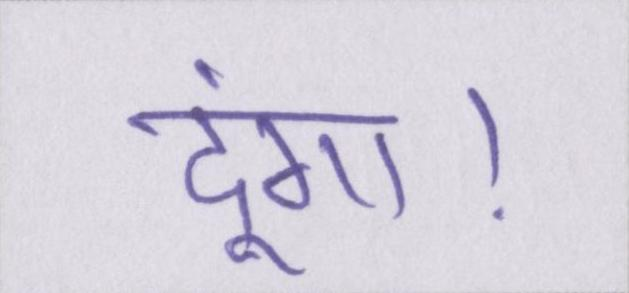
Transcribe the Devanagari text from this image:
दूंगा।